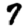
Digit: 7